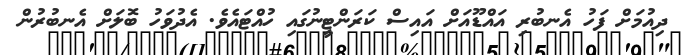
ދިއުމަށް ފަހު އެެނބުރި އައްޑޫއަށް އައިސް ކަރަންޓީނުގައި ހުއްޓައެެވެެ. އެެދުވަހު ބޮލަށް އެެނބުރުން